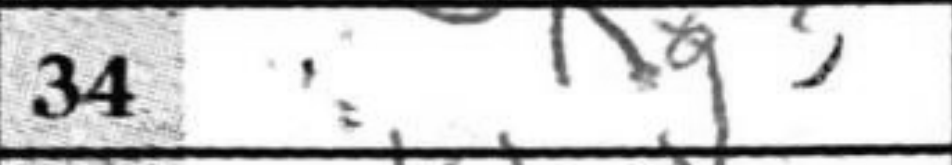
Transcription: Rg3